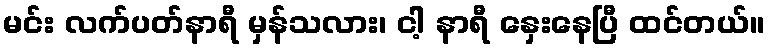
မင်း လက်ပတ်နာရီ မှန်သလား၊ ငါ့ နာရီ နှေးနေပြီ ထင်တယ်။